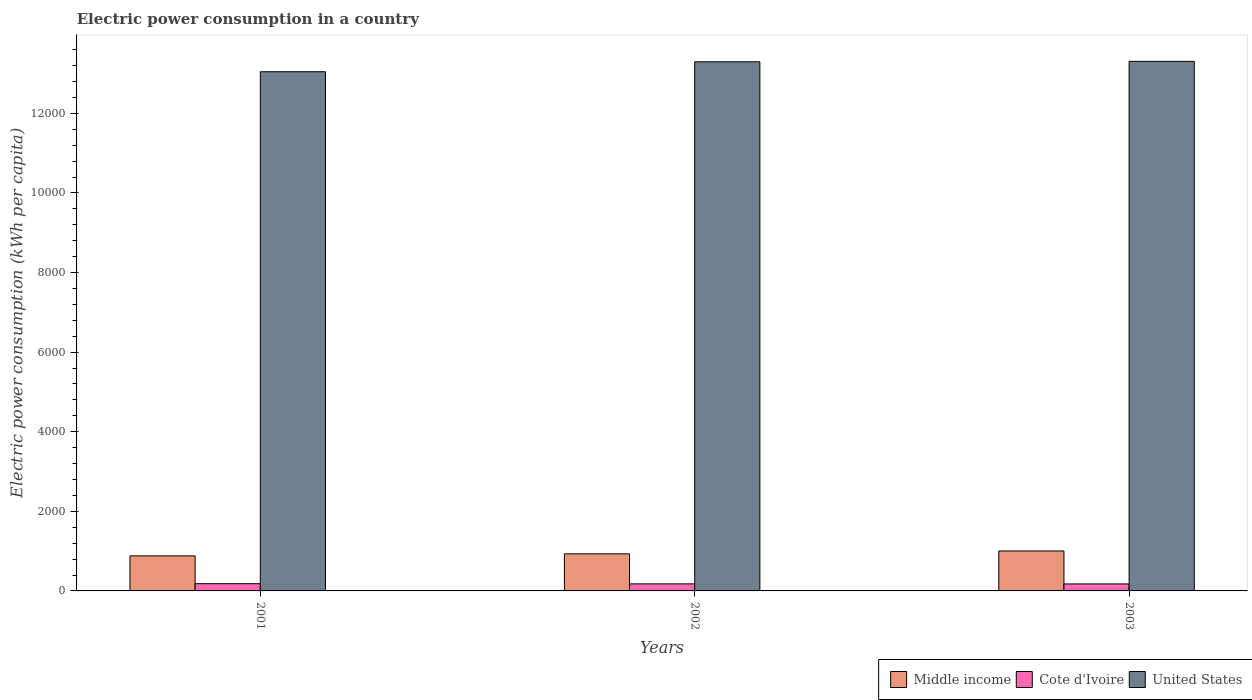
| Years | Middle income | Cote d'Ivoire | United States |
 | --- | --- | --- | --- |
 | 2001 | 881 | 182 | 1.3e+04 |
 | 2002 | 931 | 177 | 1.33e+04 |
 | 2003 | 1e+03 | 175 | 1.33e+04 |